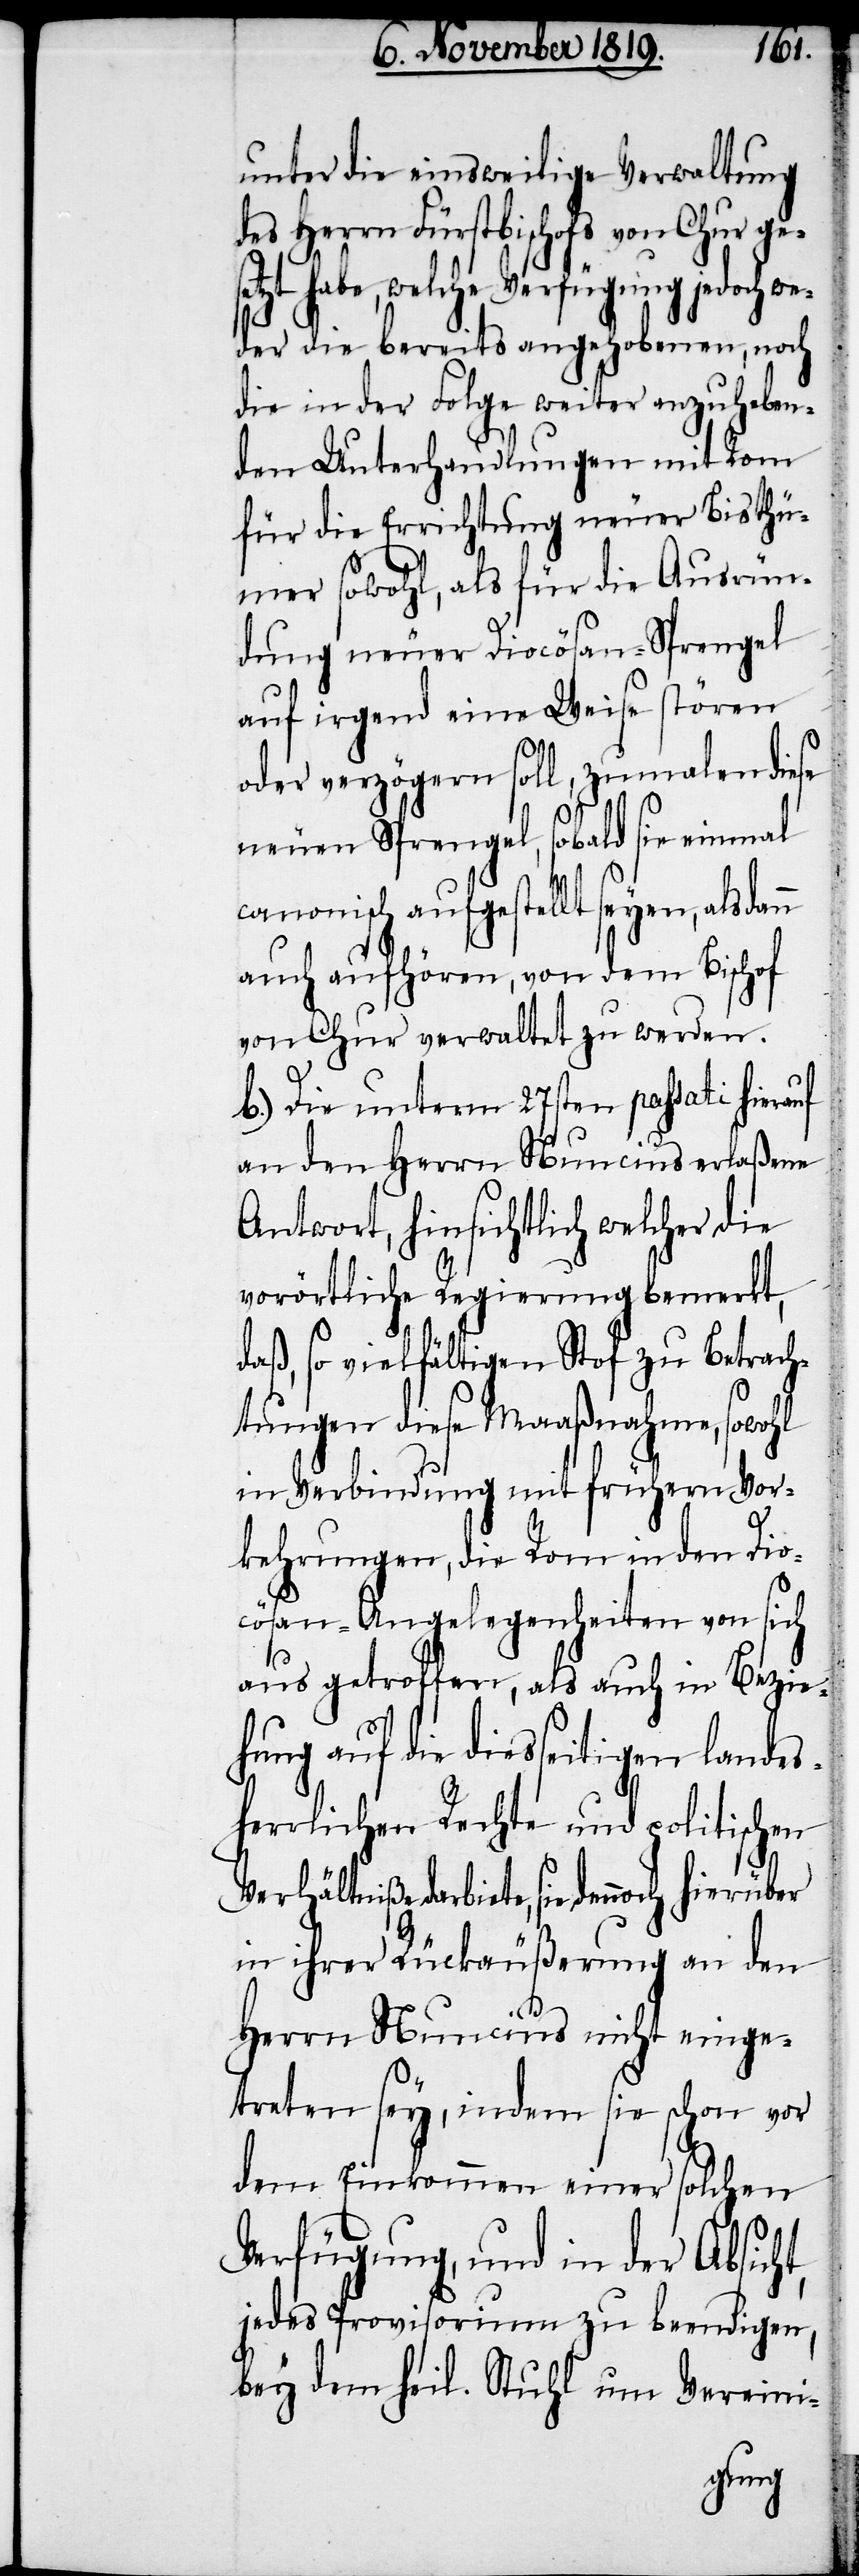
set¬
unter die einsweilige Verwaltung
des Herrn Fürstbischofs von Chur ge¬
zt habe, welche Verfügung jedoch
weder die bereits angehobenen, noch
die in der Folge weiter anzuheben¬
den Unterhandlungen mit Rom
für die Errichtung neuer Bisthü¬
mer sowohl, als für die Ausrün¬
dung neuer Diocösan-Sprengel
auf irgend eine Weise stören
oder verzögern soll, zumalen diese
neuen Sprengel, sobald sie einmal
canonisch aufgestellt seyen, alsdann
auch aufhören, von dem Bischof
von Chur verwaltet zu werden.
b.) Die unterm 27sten passati hinaus
an den Herrn Nuncius erlaßene
Antwort, hinsichtlich welcher die
vorörtliche Regierung bemerkt,
daß, so vielfältigen Stof zu Betrach¬
tungen diese Maaßnahme, sowohl
in Verbindung mit frühern Vor¬
kehrungen, die Rom in den Dio¬
cösan-Angelegenheiten von sich
aus getroffen, als auch in Bezie¬
hung auf die diesseitigen landes¬
herrlichen Rechte und politischen
Verhältniße darbiete, sie dennoch
in ihrer Rückäußerung an den
Herrn Nuncius nicht einge¬
treten sey, indem sie schon vor
dem Einkommen einer solchen
Verfügung, und in der Absicht,
jedes Provisorium zu beendigen,
bey dem heil. Stuhl um Vereini-